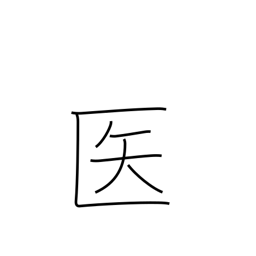
Meaning: doctor